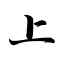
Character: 上